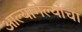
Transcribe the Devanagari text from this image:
आल्यागेल्यांचा